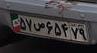
۵۷س۶۵۴۷۹